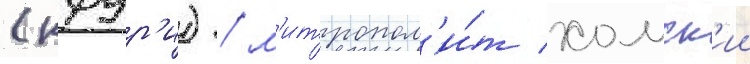
(кфур'и) / м'итропол'и́т хомск'ии